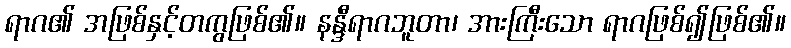
ရာဂ၏ အဖြစ်နှင့်တကွဖြစ်၏။ နန္ဒီရာဂဘူတာ၊ အားကြီးသော ရာဂဖြစ်၍ဖြစ်၏။